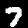
Digit: 7